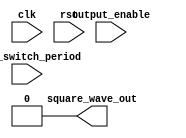
module tone_generator (
    input output_enable,
    input [23:0] tone_switch_period, 
    input clk,
    input rst,
    output square_wave_out
);
    // Remove this line after copying your tone_generator implementation from lab 2
    assign square_wave_out = 1'b0;
endmodule